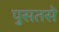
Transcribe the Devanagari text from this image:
पुसतसे